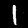
Digit: 1